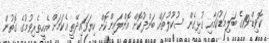
ކޮވިޑް-19ގެ ބަލިމަޑުކަމާއި ގުޅިގެން ސުކޫލުތައް ބަންދުކޮށް އޮންލައިންކޮށް ކިޔަވައިދޭތީ އެކަމަށް އެހީތެރިވުމުގެ ގޮތުން